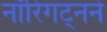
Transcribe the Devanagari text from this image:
नॉरिंगट्नने